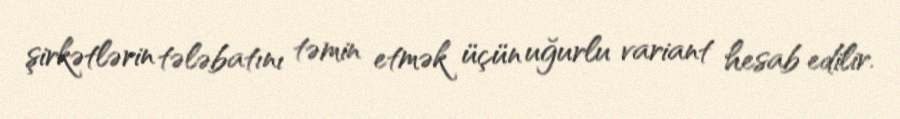
şirkətlərin tələbatını təmin etmək üçün uğurlu variant hesab edilir.